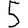
Digit: 5